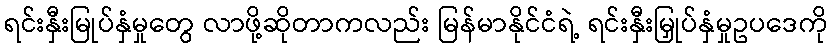
ရင်းနှီးမြုပ်နှံမှုတွေ လာဖို့ဆိုတာကလည်း မြန်မာနိုင်ငံရဲ့ ရင်းနှီးမြှုပ်နှံမှုဥပဒေကို